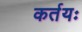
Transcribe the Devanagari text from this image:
कर्तयः